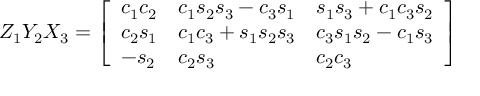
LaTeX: Z _ { 1 } Y _ { 2 } X _ { 3 } = { \left[ \begin{array} { l l l } { c _ { 1 } c _ { 2 } } & { c _ { 1 } s _ { 2 } s _ { 3 } - c _ { 3 } s _ { 1 } } & { s _ { 1 } s _ { 3 } + c _ { 1 } c _ { 3 } s _ { 2 } } \\ { c _ { 2 } s _ { 1 } } & { c _ { 1 } c _ { 3 } + s _ { 1 } s _ { 2 } s _ { 3 } } & { c _ { 3 } s _ { 1 } s _ { 2 } - c _ { 1 } s _ { 3 } } \\ { - s _ { 2 } } & { c _ { 2 } s _ { 3 } } & { c _ { 2 } c _ { 3 } } \end{array} \right] }